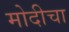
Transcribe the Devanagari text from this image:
मोदीचा